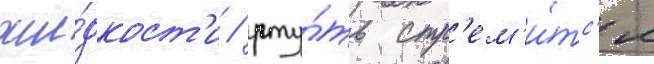
жи́дкост'и / рту́ть стр'ем'и́тс'я